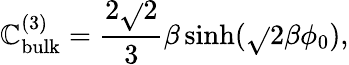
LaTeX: \mathbb{C}_{\mathrm{{bulk}}}^{(3)}=\frac{{2\sqrt{}{{2}}}}{{3}}\beta\sinh(\sqrt{}{{2}}\beta\phi_{0}),